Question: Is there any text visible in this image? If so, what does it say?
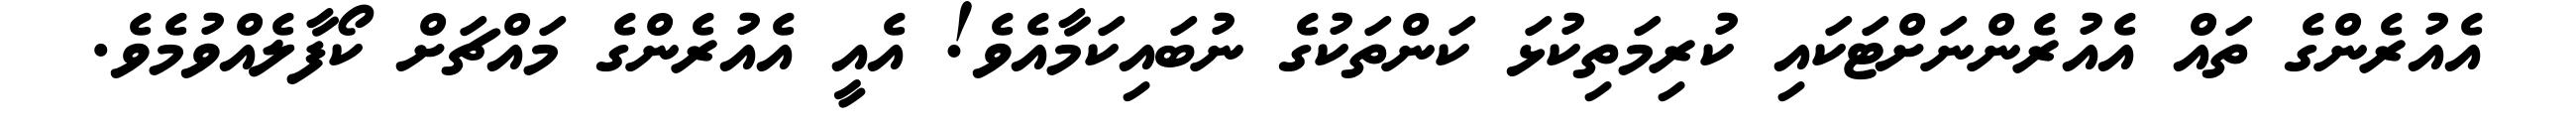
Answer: އެއުރެންގެ ތައް އެއުރެންނަށްޓަކައި ކުރިމަތިކުޅަ ކަންތަކުގެ ނުބައިކަމާއެވެ! އެއީ އެއުރެންގެ މައްޗަށް ކޯފާލެއްވުމެވެ.